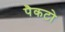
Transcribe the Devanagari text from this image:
पैकटो